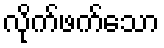
လိုက်ဖက်သော